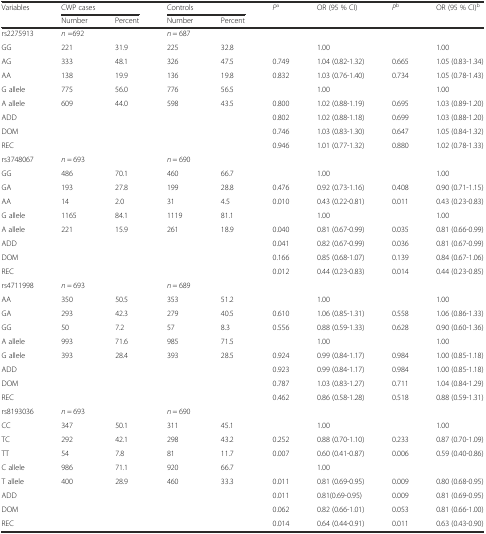
<table><thead><tr><td rowspan="2"><b>Variables</b></td><td colspan="2"><b>CWP cases</b></td><td colspan="2"><b>Controls</b></td><td rowspan="2"><b><i>P</i><sup>a</sup></b></td><td rowspan="2"><b>OR (95 % CI)</b></td><td rowspan="2"><b><i>P</i><sup>b</sup></b></td><td rowspan="2"><b>OR (95 % CI)<sup>b</sup></b></td></tr><tr><td><b>Number</b></td><td><b>Percent</b></td><td><b>Number</b></td><td><b>Percent</b></td></tr></thead><tbody><tr><td>rs2275913</td><td colspan="2"><i>n</i> =692</td><td colspan="2"><i>n</i> = 687</td><td></td><td></td><td></td><td></td></tr><tr><td>GG</td><td>221</td><td>31.9</td><td>225</td><td>32.8</td><td></td><td>1.00</td><td></td><td>1.00</td></tr><tr><td>AG</td><td>333</td><td>48.1</td><td>326</td><td>47.5</td><td>0.749</td><td>1.04 (0.82-1.32)</td><td>0.665</td><td>1.05 (0.83-1.34)</td></tr><tr><td>AA</td><td>138</td><td>19.9</td><td>136</td><td>19.8</td><td>0.832</td><td>1.03 (0.76-1.40)</td><td>0.734</td><td>1.05 (0.78-1.43)</td></tr><tr><td>G allele</td><td>775</td><td>56.0</td><td>776</td><td>56.5</td><td></td><td>1.00</td><td></td><td>1.00</td></tr><tr><td>A allele</td><td>609</td><td>44.0</td><td>598</td><td>43.5</td><td>0.800</td><td>1.02 (0.88-1.19)</td><td>0.695</td><td>1.03 (0.89-1.20)</td></tr><tr><td>ADD</td><td></td><td></td><td></td><td></td><td>0.802</td><td>1.02 (0.88-1.18)</td><td>0.699</td><td>1.03 (0.88-1.20)</td></tr><tr><td>DOM</td><td></td><td></td><td></td><td></td><td>0.746</td><td>1.03 (0.83-1.30)</td><td>0.647</td><td>1.05 (0.84-1.32)</td></tr><tr><td>REC</td><td></td><td></td><td></td><td></td><td>0.946</td><td>1.01 (0.77-1.32)</td><td>0.880</td><td>1.02 (0.78-1.33)</td></tr><tr><td>rs3748067</td><td colspan="2"><i>n</i> = 693</td><td colspan="2"><i>n</i> = 690</td><td></td><td></td><td></td><td></td></tr><tr><td>GG</td><td>486</td><td>70.1</td><td>460</td><td>66.7</td><td></td><td>1.00</td><td></td><td>1.00</td></tr><tr><td>GA</td><td>193</td><td>27.8</td><td>199</td><td>28.8</td><td>0.476</td><td>0.92 (0.73-1.16)</td><td>0.408</td><td>0.90 (0.71-1.15)</td></tr><tr><td>AA</td><td>14</td><td>2.0</td><td>31</td><td>4.5</td><td>0.010</td><td>0.43 (0.22-0.81)</td><td>0.011</td><td>0.43 (0.23-0.83)</td></tr><tr><td>G allele</td><td>1165</td><td>84.1</td><td>1119</td><td>81.1</td><td></td><td>1.00</td><td></td><td>1.00</td></tr><tr><td>A allele</td><td>221</td><td>15.9</td><td>261</td><td>18.9</td><td>0.040</td><td>0.81 (0.67-0.99)</td><td>0.035</td><td>0.81 (0.66-0.99)</td></tr><tr><td>ADD</td><td></td><td></td><td></td><td></td><td>0.041</td><td>0.82 (0.67-0.99)</td><td>0.036</td><td>0.81 (0.67-0.99)</td></tr><tr><td>DOM</td><td></td><td></td><td></td><td></td><td>0.166</td><td>0.85 (0.68-1.07)</td><td>0.139</td><td>0.84 (0.67-1.06)</td></tr><tr><td>REC</td><td></td><td></td><td></td><td></td><td>0.012</td><td>0.44 (0.23-0.83)</td><td>0.014</td><td>0.44 (0.23-0.85)</td></tr><tr><td>rs4711998</td><td colspan="2"><i>n</i> = 693</td><td colspan="2"><i>n</i> = 689</td><td></td><td></td><td></td><td></td></tr><tr><td>AA</td><td>350</td><td>50.5</td><td>353</td><td>51.2</td><td></td><td>1.00</td><td></td><td>1.00</td></tr><tr><td>GA</td><td>293</td><td>42.3</td><td>279</td><td>40.5</td><td>0.610</td><td>1.06 (0.85-1.31)</td><td>0.558</td><td>1.06 (0.86-1.33)</td></tr><tr><td>GG</td><td>50</td><td>7.2</td><td>57</td><td>8.3</td><td>0.556</td><td>0.88 (0.59-1.33)</td><td>0.628</td><td>0.90 (0.60-1.36)</td></tr><tr><td>A allele</td><td>993</td><td>71.6</td><td>985</td><td>71.5</td><td></td><td>1.00</td><td></td><td>1.00</td></tr><tr><td>G allele</td><td>393</td><td>28.4</td><td>393</td><td>28.5</td><td>0.924</td><td>0.99 (0.84-1.17)</td><td>0.984</td><td>1.00 (0.85-1.18)</td></tr><tr><td>ADD</td><td></td><td></td><td></td><td></td><td>0.923</td><td>0.99 (0.84-1.17)</td><td>0.984</td><td>1.00 (0.85-1.18)</td></tr><tr><td>DOM</td><td></td><td></td><td></td><td></td><td>0.787</td><td>1.03 (0.83-1.27)</td><td>0.711</td><td>1.04 (0.84-1.29)</td></tr><tr><td>REC</td><td></td><td></td><td></td><td></td><td>0.462</td><td>0.86 (0.58-1.28)</td><td>0.518</td><td>0.88 (0.59-1.31)</td></tr><tr><td>rs8193036</td><td><i>n</i> = 693</td><td></td><td><i>n</i> = 690</td><td></td><td></td><td></td><td></td><td></td></tr><tr><td>CC</td><td>347</td><td>50.1</td><td>311</td><td>45.1</td><td></td><td>1.00</td><td></td><td>1.00</td></tr><tr><td>TC</td><td>292</td><td>42.1</td><td>298</td><td>43.2</td><td>0.252</td><td>0.88 (0.70-1.10)</td><td>0.233</td><td>0.87 (0.70-1.09)</td></tr><tr><td>TT</td><td>54</td><td>7.8</td><td>81</td><td>11.7</td><td>0.007</td><td>0.60 (0.41-0.87)</td><td>0.006</td><td>0.59 (0.40-0.86)</td></tr><tr><td>C allele</td><td>986</td><td>71.1</td><td>920</td><td>66.7</td><td></td><td>1.00</td><td></td><td></td></tr><tr><td>T allele</td><td>400</td><td>28.9</td><td>460</td><td>33.3</td><td>0.011</td><td>0.81 (0.69-0.95)</td><td>0.009</td><td>0.80 (0.68-0.95)</td></tr><tr><td>ADD</td><td></td><td></td><td></td><td></td><td>0.011</td><td>0.81(0.69-0.95)</td><td>0.009</td><td>0.81 (0.69-0.95)</td></tr><tr><td>DOM</td><td></td><td></td><td></td><td></td><td>0.062</td><td>0.82 (0.66-1.01)</td><td>0.053</td><td>0.81 (0.66-1.00)</td></tr><tr><td>REC</td><td></td><td></td><td></td><td></td><td>0.014</td><td>0.64 (0.44-0.91)</td><td>0.011</td><td>0.63 (0.43-0.90)</td></tr></tbody></table>